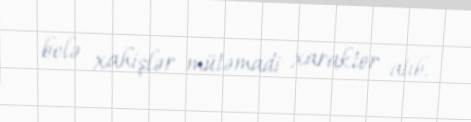
belə xahişlər mütəmadi xarakter alıb.